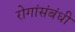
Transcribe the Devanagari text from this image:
रोगांसंबंधी